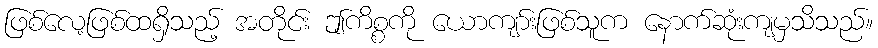
ဖြစ်လေ့ဖြစ်ထရှိသည့် အတိုင်း ဤကိစ္စကို ယောကျာ်းဖြစ်သူက နောက်ဆုံးကျမှသိသည်။